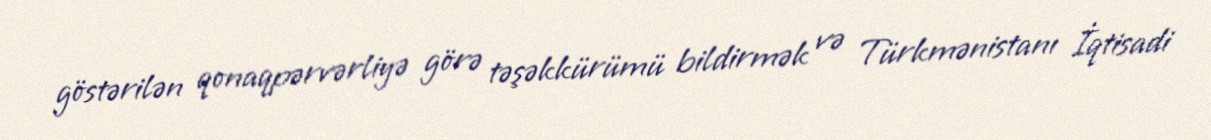
göstərilən qonaqpərvərliyə görə təşəkkürümü bildirmək və Türkmənistanı İqtisadi